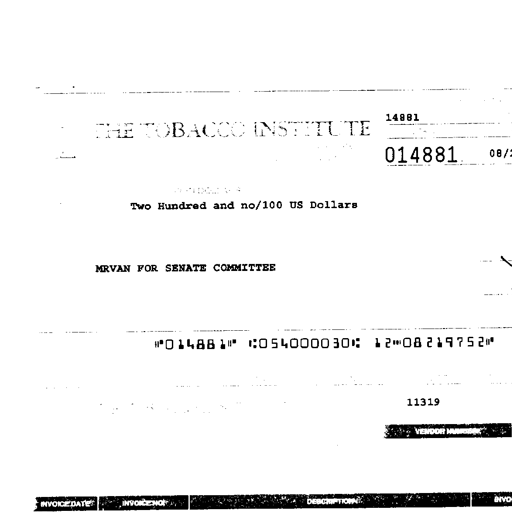
14881
THE TOBACCO INSTITUTE
014881
Two Hundred and no/100 US Dollars
MRVAN FOR SENATE COMMITTEE
014881 054000030 1208219752
11319
VENDOR NUMBER
INVOICE DATE INVOICE NO DESCRIPTION